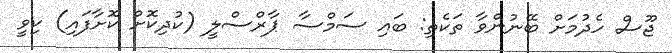
ޖޫސް ހެދުމަށް ބޭނުންވާ ތަކެތި: ބައި ސަމްސާ ޕާރްސްލީ (ކުދިކޮށް ކޮށާފައި) ކިވީ